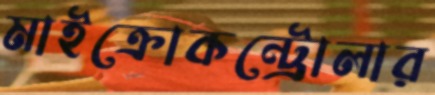
মাইক্রোকন্ট্রোলার